Mental hospitals Bombay report 1929-33 - 1929-1933
Year: 1929
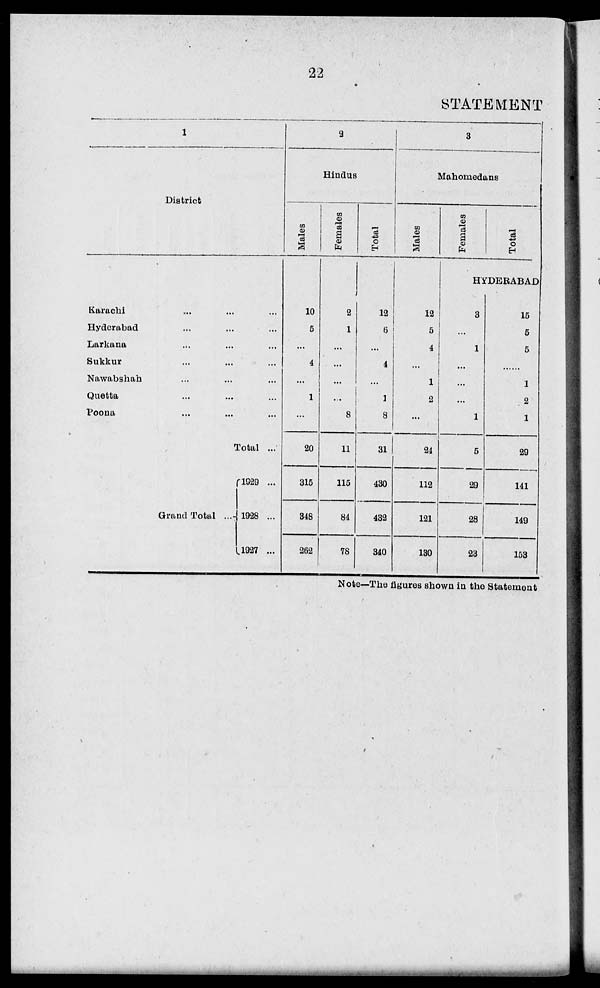
22
STATEMENT
1
District
Karachi ... ... ...
Hyderabad ... ... ...
Larkana ... ... ...
Sukkur ... ... ...
Nawabshah ... ... ...
Quetta ... ... ...
Poona ... ... ...
Total ...
Grand Total ...
1929 ...
1928 ...
1927 ...
2
Hindus
Males
10
5
...
4
...
1
...
20
315
348
262
Females
2
1
...
...
...
...
8
11
115
84
78
Total
12
6
...
4
...
1
8
31
430
432
340
3
Hahomedans
Males
12
5
4
...
1
2
...
24
112
121
130
Females
Total
HYDERABAD
3
...
1
...
...
...
1
5
29
28
23
15
5
5
...
1
2
1
29
141
149
153
Note—The figures shown in the Statement